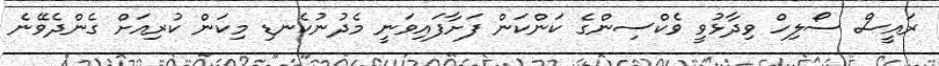
ރައީސް ސޯލިހް ވިދާޅުވީ ވެކްސިންގެ ކަންކަން ފަށާފައިވަނީ މެދުނުކެނޑި މިކަން ކުރިއަށް ގެންދެވޭނެ